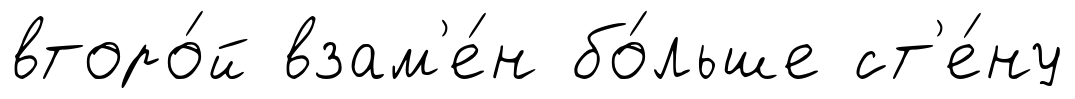
второ́й взам'е́н бо́льше ст'е́ну